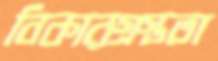
বিকারগ্রস্ততা